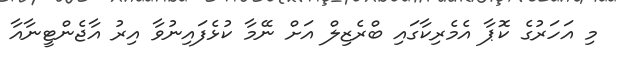
މި އަހަރުގެ ކޮޕާ އެމެރިކާގައި ބްރެޒިލް އަށް ނޭމާ ކުޅެފައިނުވާ އިރު އާޖެންޓީނާއާ